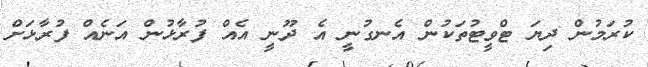
ކުރަމުން ދިޔަ ޓްވީޓުތަކުން އެނގުނީ އެ ދޫނީ އެއް ފުރާޅުން އަނެއް ފުރާޅަށް